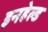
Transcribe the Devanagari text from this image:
इनहेल्ड